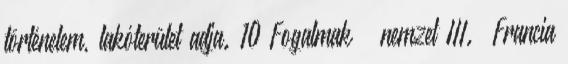
történelem, lakóterület adja. 10 Fogalmak – nemzet III. „Francia